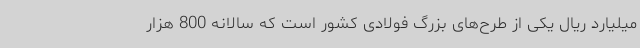
میلیارد ریال یکی از طرح‌های بزرگ فولادی کشور است که سالانه 800 هزار